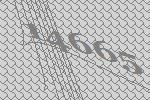
14665